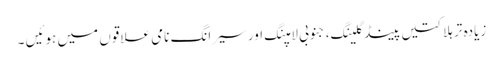
زیادہ تر ہلاکتیں پینڈگلینگ، جنوبی لامپنگ اور سیرانگ نامی علاقوں میں ہوئیں ۔